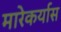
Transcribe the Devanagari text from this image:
मारेकर्यास